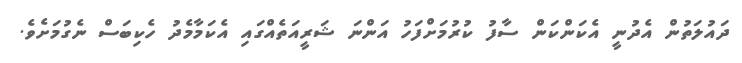
ދައުލަތުން އެދުނީ އެކަންކަން ސާފު ކުރުމަށްފަހު އަންނަ ޝަރީއަތެއްގައި އެކަމާމެދު ހެކިބަސް ނެގުމަށެވެ.